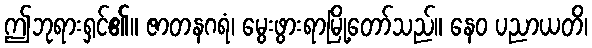
ဤဘုရားရှင်၏။ ဇာတနဂရံ၊ မွေးဖွားရာမြို့တော်သည်။ နေဝ ပညာယတိ၊